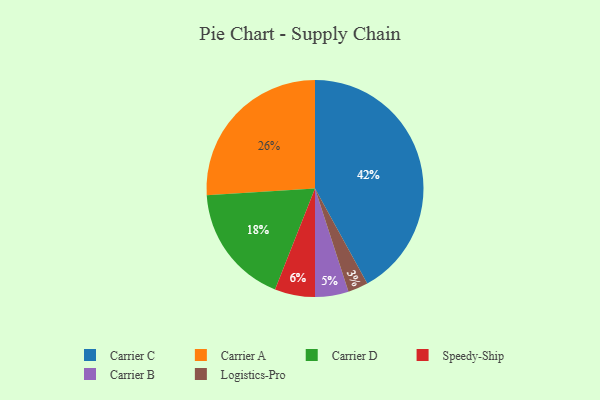
{"axis": {"x": "Category", "y": "Percentage"}, "legend": ["Carrier A", "Carrier B", "Carrier C", "Carrier D", "Logistics-Pro", "Speedy-Ship"], "data": [{"x": "Logistics-Pro", "y": 3, "type": "Logistics-Pro"}, {"x": "Carrier C", "y": 42, "type": "Carrier C"}, {"x": "Carrier A", "y": 26, "type": "Carrier A"}, {"x": "Carrier B", "y": 5, "type": "Carrier B"}, {"x": "Carrier D", "y": 18, "type": "Carrier D"}, {"x": "Speedy-Ship", "y": 6, "type": "Speedy-Ship"}]}